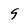
Character: 9